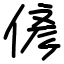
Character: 偐